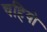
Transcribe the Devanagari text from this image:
चहियो